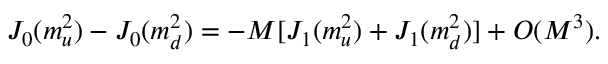
J _ { 0 } ( m _ { u } ^ { 2 } ) - J _ { 0 } ( m _ { d } ^ { 2 } ) = - M [ J _ { 1 } ( m _ { u } ^ { 2 } ) + J _ { 1 } ( m _ { d } ^ { 2 } ) ] + { \cal O } ( M ^ { 3 } ) .